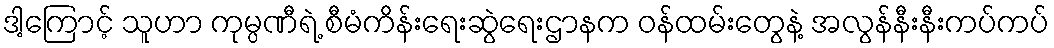
ဒါ့ကြောင့် သူဟာ ကုမ္ပဏီရဲ့ စီမံကိန်းရေးဆွဲရေးဌာနက ဝန်ထမ်းတွေနဲ့ အလွန်နီးနီးကပ်ကပ်